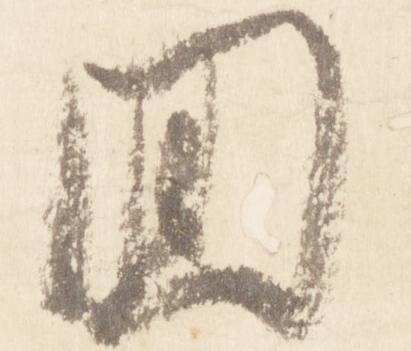
回